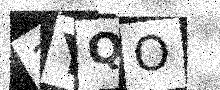
Text: 3YQO